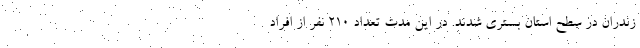
زندران در سطح استان بستری شدند. در این مدت تعداد 210 نفر از افراد